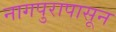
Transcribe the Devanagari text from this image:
नागपुरापासून